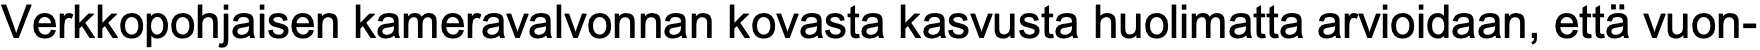
Verkkopohjaisen kameravalvonnan kovasta kasvusta huolimatta arvioidaan, että vuon-